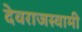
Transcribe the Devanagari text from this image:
देवराजस्वामी